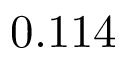
0 . 1 1 4